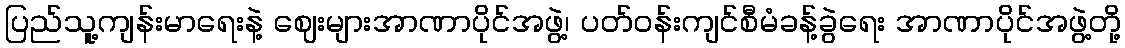
ပြည်သူ့ကျန်းမာရေးနဲ့ ဈေးများအာဏာပိုင်အဖွဲ့၊ ပတ်ဝန်းကျင်စီမံခန့်ခွဲရေး အာဏာပိုင်အဖွဲ့တို့